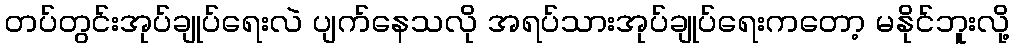
တပ်တွင်းအုပ်ချုပ်ရေးလဲ ပျက်နေသလို အရပ်သားအုပ်ချုပ်ရေးကတော့ မနိုင်ဘူးလို့